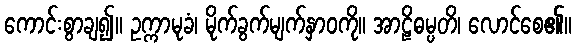
ကောင်းစွာချ၍။ ဥက္ကာမုခံ၊ မိုက်ခွက်မျက်နှာဝကို။ အာဠိဓမ္ပတိ၊ လောင်စေ၏။